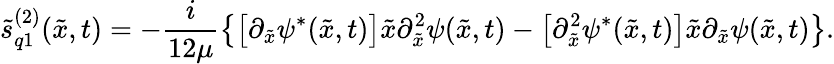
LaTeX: \tilde{s}_{q1}^{(2)}(\tilde{x},t)=-\frac{i}{12\mu}\bigl\{ \bigl[\partial_{\tilde{x}}\psi^{*}(\tilde{x},t)\bigr]\tilde{x}\partial_{\tilde{x}}^{2}\psi(\tilde{x},t)-\bigl[\partial_{\tilde{x}}^{2}\psi^{*}(\tilde{x},t)\bigr]\tilde{x}\partial_{\tilde{x}}\psi(\tilde{x},t)\bigr\} .